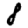
Digit: 8